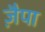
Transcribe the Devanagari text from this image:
ज़ैपा